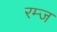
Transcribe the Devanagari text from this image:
रम्ज